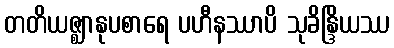
တတိယဇ္ဈာနုပစာရေ ပဟီနဿာပိ သုခိန္ဒြိယဿ